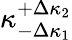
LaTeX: \kappa_{-\Delta\kappa_{1}}^{+\Delta\kappa_{2}}